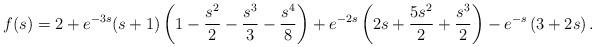
LaTeX: \begin{align*}f(s)=2+e^{-3s}(s+1)\left(1-\frac{s^2}{2}-\frac{s^3}{3}-\frac{s^4}{8}\right)+e^{-2s}\left(2s+\frac{5s^2}{2}+\frac{s^3}{2}\right)-e^{-s}\left(3+2s\right).\end{align*}